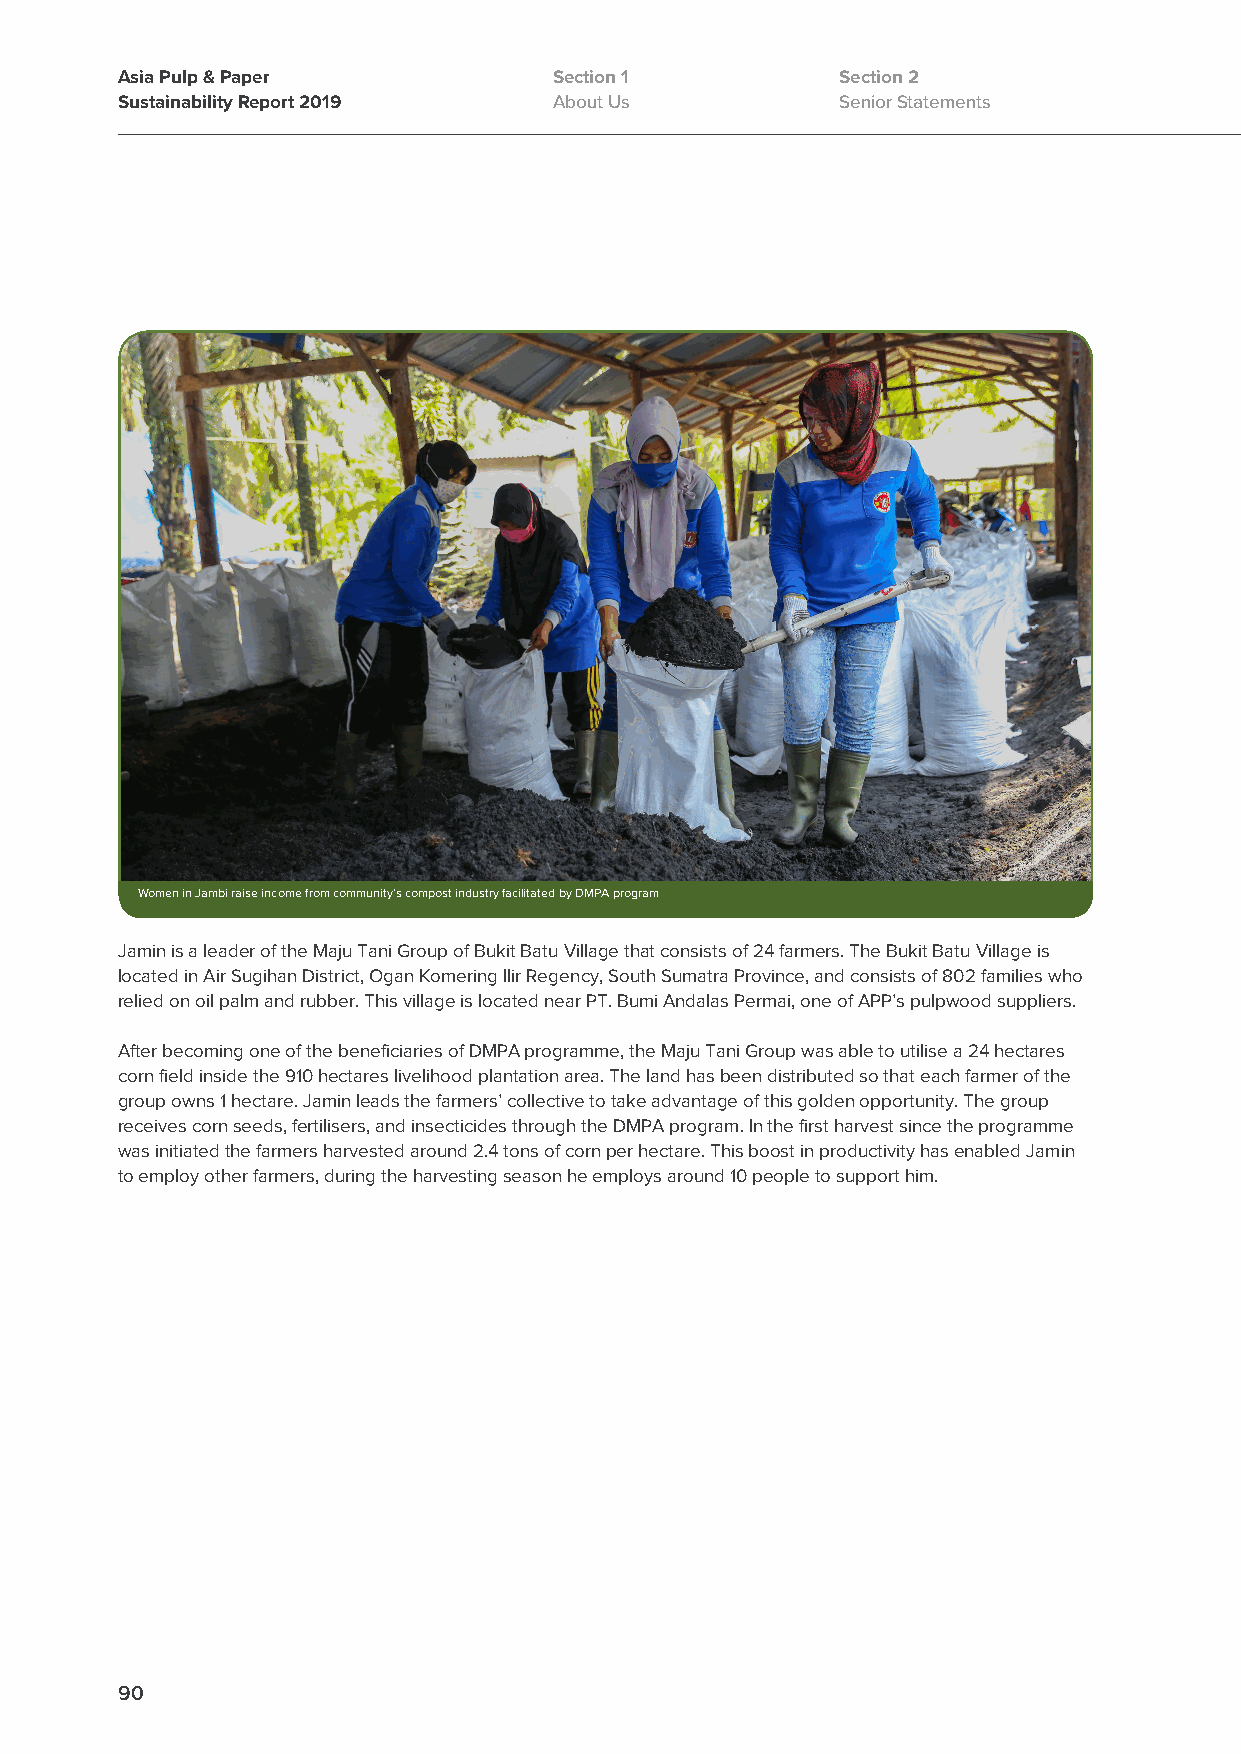
Asia Pulp & Paper            Section 1          Section 2
 Sustainability Report 2019   About Us           Senior Statements
 Women in Jambi raise income from community’s compost industry facilitated by DMPA program
 Jamin is a leader of the Maju Tani Group of Bukit Batu Village that consists of 24 farmers. The Bukit Batu Village is
 located in Air Sugihan District, Ogan Komering Ilir Regency, South Sumatra Province, and consists of 802 families who
 relied on oil palm and rubber. This village is located near PT. Bumi Andalas Permai, one of APP’s pulpwood suppliers.
 After becoming one of the beneficiaries of DMPA programme, the Maju Tani Group was able to utilise a 24 hectares
 corn field inside the 910 hectares livelihood plantation area. The land has been distributed so that each farmer of the
 group owns 1 hectare. Jamin leads the farmers’ collective to take advantage of this golden opportunity. The group
 receives corn seeds, fertilisers, and insecticides through the DMPA program. In the first harvest since the programme
 was initiated the farmers harvested around 2.4 tons of corn per hectare. This boost in productivity has enabled Jamin
 to employ other farmers, during the harvesting season he employs around 10 people to support him.
 90